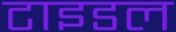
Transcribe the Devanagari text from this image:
टाइडल